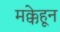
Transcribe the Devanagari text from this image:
मक्केहून